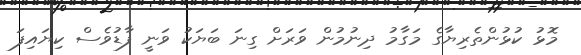
މޮޅު ކުޅުންތެރިޔާގެ މަގާމު ދިނުމުން ވަރަށް ގިނަ ބަޔަކު ވަނީ ފާޑުވެސް ކިޔައިފަ